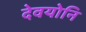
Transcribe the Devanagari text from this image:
देवयोनि